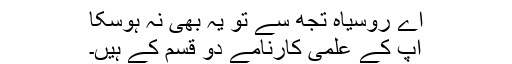
اے روسیاہ تجھ سے تو یہ بھی نہ ہوسکا
آپ کے علمی کارنامے دو قسم کے ہیں۔